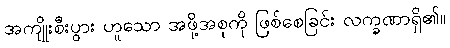
အကျိုးစီးပွား ဟူသော အဖို့အစုကို ဖြစ်စေခြင်း လက္ခဏာရှိ၏။